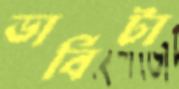
ডার্বিটা